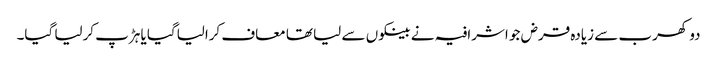
دو کھرب سے زیادہ قرض جو اشرافیہ نے بینکوں سے لیا تھا معاف کرالیاگیا یا ہڑپ کرلیا گیا۔